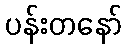
ပန်းတနော်